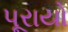
પૂરાયો